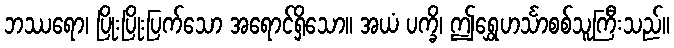
ဘဿရော၊ ပြိုးပြိုးပြက်သော အရောင်ရှိသော။ အယံ ပက္ခိ၊ ဤရွှေဟင်္သာစစ်သူကြီးသည်။